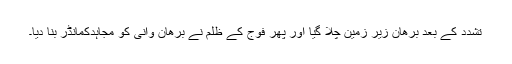
تشدد کے بعد برھان زیر زمین چلا گیا اور پھر فوج کے ظلم نے برھان وانی کو مجاہدکمانڈر بنا دیا۔